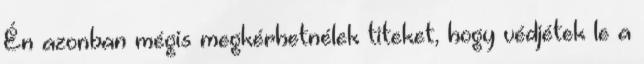
Én azonban mégis megkérhetnélek titeket, hogy védjétek le a